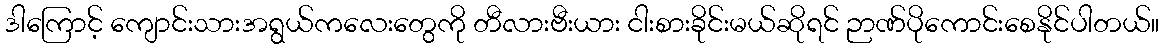
ဒါကြောင့် ကျောင်းသားအရွယ်ကလေးတွေကို တီလားဗီးယား ငါးစားခိုင်းမယ်ဆိုရင် ဉာဏ်ပိုကောင်းစေနိုင်ပါတယ်။